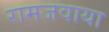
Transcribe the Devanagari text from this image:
रामजवाया